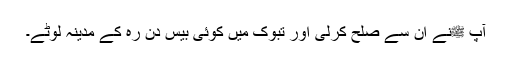
آپ ﷺنے ان سے صلح کرلی اور تبوک میں کوئی بیس دن رہ کے مدینہ لوٹے۔